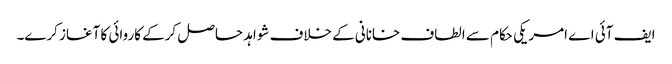
ایف آئی اے امریکی حکام سے الطاف خانانی کے خلاف شواہد حاصل کرکے کاروائی کا آغاز کرے۔